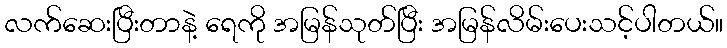
လက်ဆေးပြီးတာနဲ့ ရေကို အမြန်သုတ်ပြီး အမြန်လိမ်းပေးသင့်ပါတယ်။